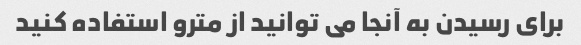
برای رسیدن به آنجا می توانید از مترو استفاده کنید